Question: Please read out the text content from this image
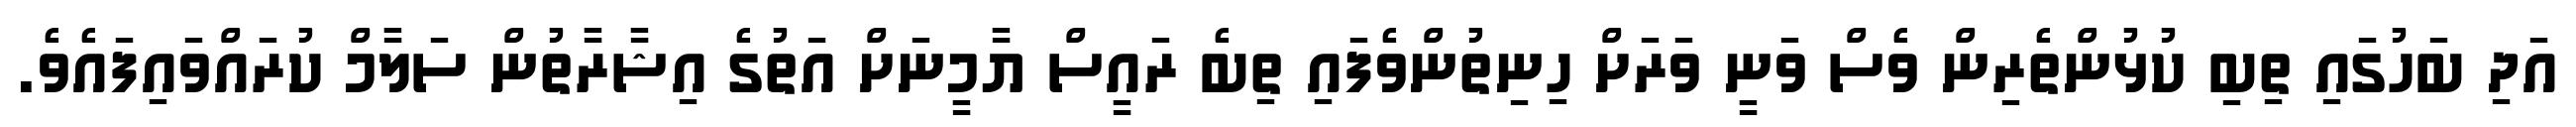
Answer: އަދި ބަހުގައި ތިބި ކުޅުންތެރިން ވެސް ވަނީ ވަރަށް ހިނިތުންވެފައި ތިބެ ރައީސް ޔާމީނަށް އަތުގެ އިޝާރާތުން ސަލާމް ކުރައްވައިފައެވެ.